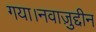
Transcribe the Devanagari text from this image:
गया।नवाज़ुद्दीन